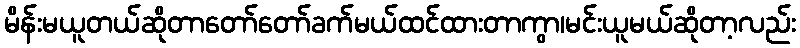
မိန်းမယူတယ်ဆိုတာတော်တော်ခက်မယ်ထင်ထားတာကွာ၊မင်းယူမယ်ဆိုတာ့လည်း